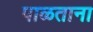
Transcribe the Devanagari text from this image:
पाळताना